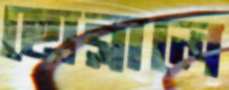
ছোব্‌লালে